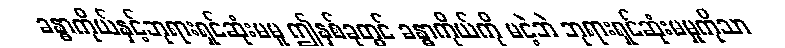
ခန္ဓာကိုယ်နှင့်ဘုရားရှင်ဆုံးမမူ ဤနှစ်ခုတွင် ခန္ဓာကိုယ်ကို မငဲ့ဘဲ ဘုရားရှင်ဆုံးမမှုကိုသာ